Lunatic asylums Bombay report 1878-1890 - 1878-1890
Year: 1878
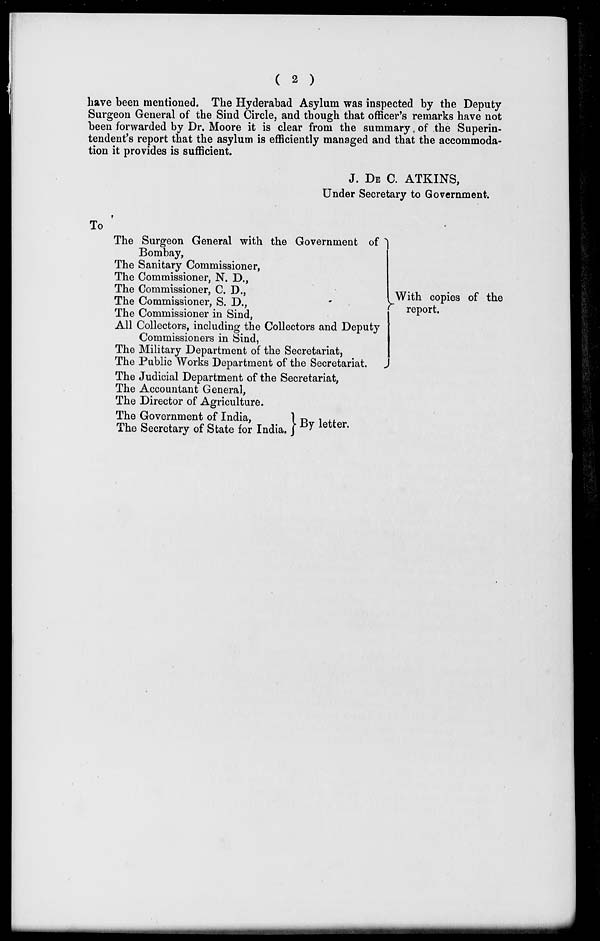
( 2 )
have been mentioned. The Hyderabad Asylum was inspected by the Deputy
Surgeon General of the Sind Circle, and though that officer's remarks have not
been forwarded by Dr. Moore it is clear from the summary of the Superin-
tendent's report that the asylum is efficiently managed and that the accommoda-
tion it provides is sufficient.
J. DE C. ATKINS,
Under Secretary to Government.
To
The Surgeon General with the Government of
Bombay,
The Sanitary Commissioner,
The Commissioner, N. D.,
The Commissioner, C. D.,
The Commissioner, S. D.,
The Commissioner in Sind,
All Collectors, including the Collectors and Deputy
Commissioners in Sind,
The Military Department of the Secretariat,
The Public Works Department of the Secretariat.
The Judicial Department of the Secretariat,
The Accountant General,
The Director of Agriculture.
The Government of India,
The Secretary of State for India.
With copies of the
report.
By letter.